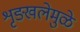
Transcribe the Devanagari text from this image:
शृङ्खलेमुळे